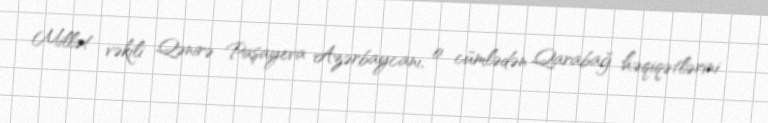
Millət vəkili Qənirə Paşayeva Azərbaycanı, o cümlədən Qarabağ həqiqətlərini